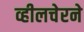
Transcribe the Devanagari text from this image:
व्हीलचेरने